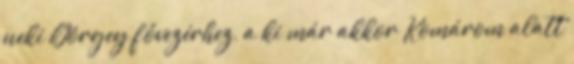
neki Görgey fővezérhez, a ki már akkor Komárom alatt